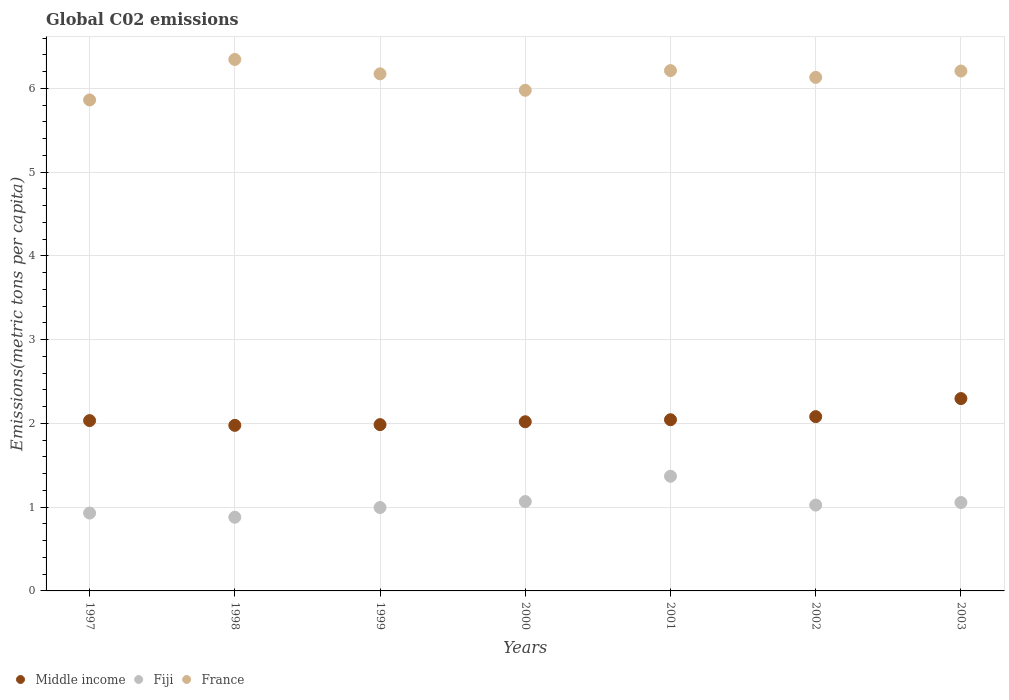
| Years | Middle income | Fiji | France |
 | --- | --- | --- | --- |
 | 1997 | 2.03 | 0.93 | 5.86 |
 | 1998 | 1.98 | 0.88 | 6.34 |
 | 1999 | 1.99 | 0.996 | 6.17 |
 | 2000 | 2.02 | 1.07 | 5.98 |
 | 2001 | 2.04 | 1.37 | 6.21 |
 | 2002 | 2.08 | 1.02 | 6.13 |
 | 2003 | 2.3 | 1.06 | 6.21 |